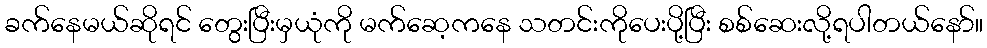
ခက်နေမယ်ဆိုရင် တွေးပြီးမှယုံကို မက်ဆေ့ကနေ သတင်းကိုပေးပို့ပြီး စစ်ဆေးလို့ရပါတယ်နော်။